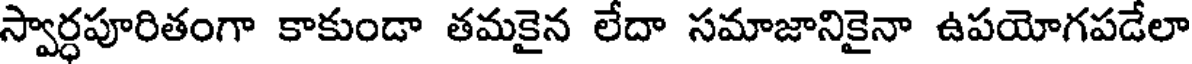
స్వార్ధపూరితంగా కాకుండా తమకైన లేదా సమాజానికైనా ఉపయోగపడేలా